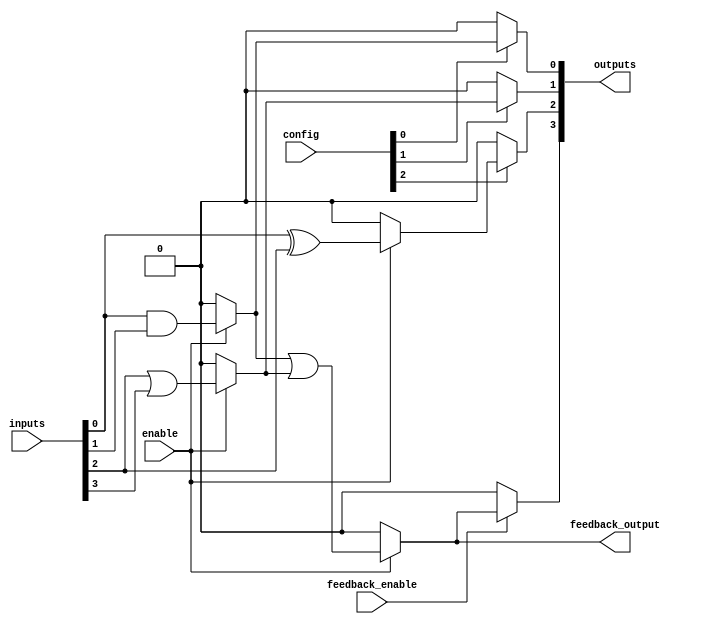
module CLB (
    input wire [3:0] inputs,               // 4 input lines
    input wire [2:0] config,               // Configuration bits for LFUs
    input wire enable,                      // Enable signal
    input wire feedback_enable,             // Feedback enable signal
    output wire [3:0] outputs,             // 4 output lines
    output wire feedback_output             // Feedback output
);

    // Internal wires for LFUs
    wire lf1_out, lf2_out, lf3_out;

    // Logic Function Units (LFUs)
    // LFU1: AND operation
    assign lf1_out = (enable) ? (inputs[0] & inputs[1]) : 1'b0;

    // LFU2: OR operation
    assign lf2_out = (enable) ? (inputs[2] | inputs[3]) : 1'b0;

    // LFU3: XOR operation
    assign lf3_out = (enable) ? (inputs[0] ^ inputs[2]) : 1'b0;

    // Programmable interconnect logic
    // Based on configuration bits, we can route the outputs of LFUs to outputs
    assign outputs[0] = (config[0]) ? lf1_out : 1'b0; // LFU1 output
    assign outputs[1] = (config[1]) ? lf2_out : 1'b0; // LFU2 output
    assign outputs[2] = (config[2]) ? lf3_out : 1'b0; // LFU3 output
    assign outputs[3] = (feedback_enable) ? feedback_output : 1'b0; // Feedback output

    // Feedback path
    assign feedback_output = (enable) ? (lf1_out | lf2_out) : 1'b0; // Feedback from LFU1 and LFU2

endmodule